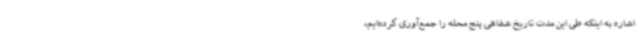
اشاره به اینکه طی این مدت تاریخ شفاهی پنج محله را جمع‌آوری کرده‌ایم،